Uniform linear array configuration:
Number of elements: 32
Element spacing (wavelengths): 0.75
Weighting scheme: exponential
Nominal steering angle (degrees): -45
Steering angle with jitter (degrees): -44.438
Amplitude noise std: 0.05
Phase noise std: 0.05

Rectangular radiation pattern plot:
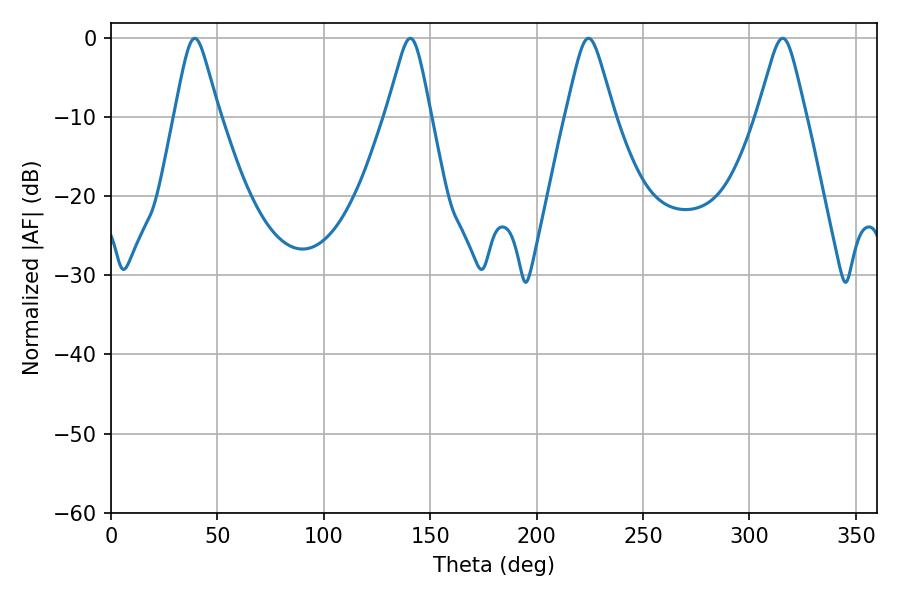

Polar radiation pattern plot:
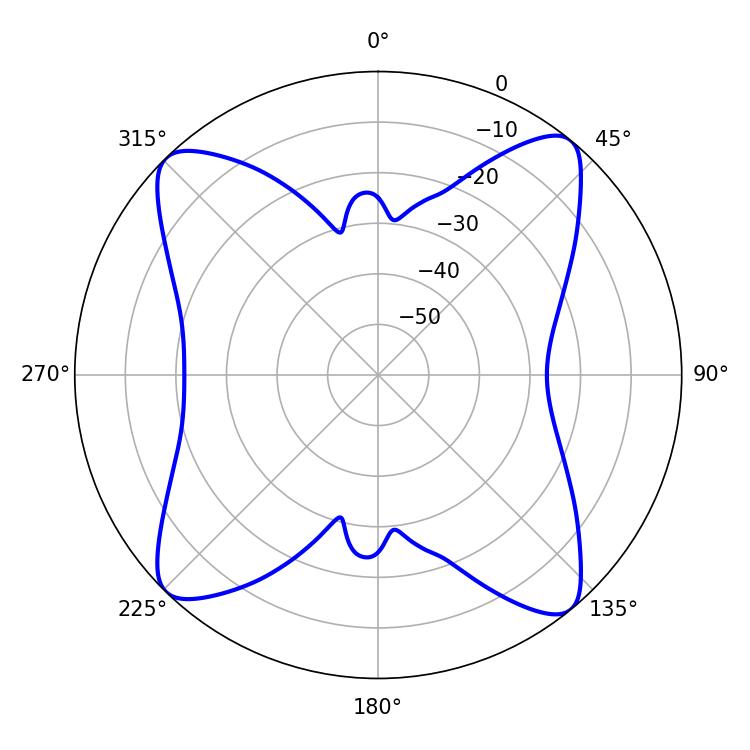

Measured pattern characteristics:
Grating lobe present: TRUE
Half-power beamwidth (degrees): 9.9
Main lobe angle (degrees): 39.42